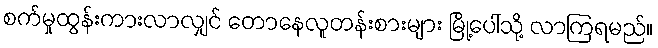
စက်မှုထွန်းကားလာလျှင် တောနေလူတန်းစားများ မြို့ပေါ်သို့ လာကြရမည်။